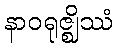
နာဝရုဇ္ဈိဿံ